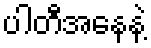
ပါတီအနေနဲ့